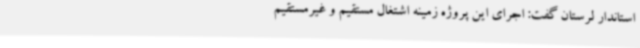
استاندار لرستان گفت: اجرای این پروژه زمینه اشتغال مستقیم و غیرمستقیم